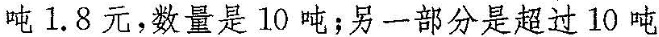
吨1.8元，数量是10吨；另一部分是超过10吨